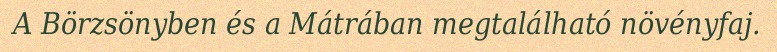
A Börzsönyben és a Mátrában megtalálható növényfaj.